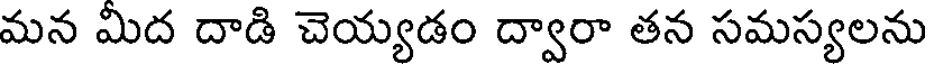
మన మిద దాడి చెయ్యడం ద్వారా తన సమస్యలను